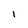
Character: I